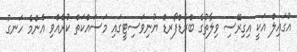
އުގައިލް އަކީ އިގިރޭސި ވިލާތުގެ ބްރެޑްފޯރޑް ޔުނިވަސިޓީގައި މަސައްކަތް ކުރެއްވި އެންމެ ހަނގު